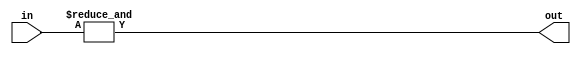
module f1_TECH_AND4(input [3:0] in, output out);
assign out = &in;
endmodule